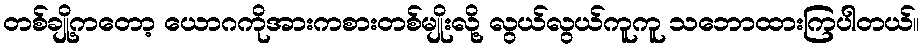
တစ်ချို့ကတော့ ယောဂကိုအားကစားတစ်မျိုးလို့ လွယ်လွယ်ကူကူ သဘောထားကြပါတယ်။